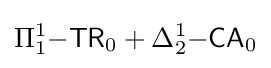
\Pi _{1}^{1}{\mathsf {-TR}}_{0}+\Delta _{2}^{1}{\mathsf {-CA}}_{0}